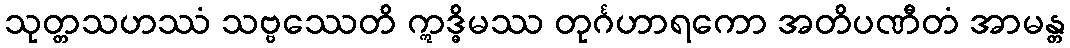
သုတ္တသဟဿံ သဗ္ဗဿေတိ ဣဒ္ဓိမဿ တုင်္ဂဟာရကော အတိပဏီတံ အာမန္တ